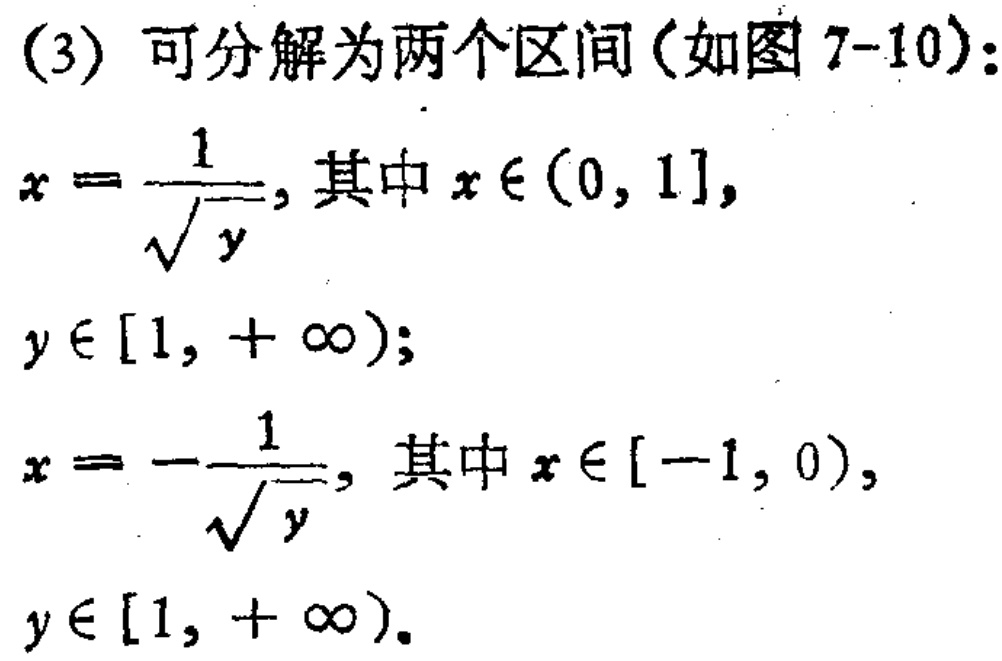
(3) 可分解为两个区间(如图 7-10):

\[

x = \frac{1}{\sqrt{y}}, \text{其中 } x\in(0,1], y\in[1,+\infty);

\]

\[

x = -\frac{1}{\sqrt{y}}, \text{其中 } x\in[-1,0), y\in[1,+\infty).

\]